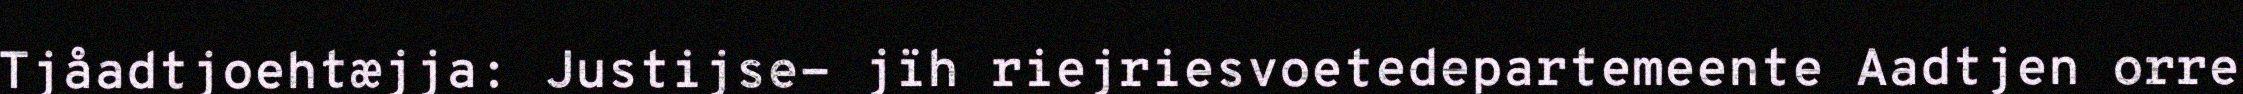
Tjåadtjoehtæjja: Justijse- jïh riejriesvoetedepartemeente Aadtjen orre